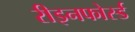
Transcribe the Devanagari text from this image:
रीइनफोर्स्ड